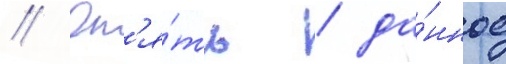
// Оп'я́ть / да́нное